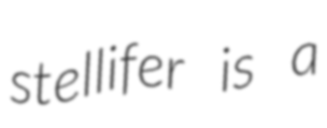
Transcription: stellifer is a